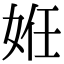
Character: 姙